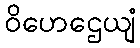
ဝိဟေဌေယျံ